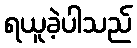
ရယူခဲ့ပါသည်